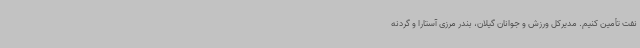
نفت تأمین کنیم. مدیرکل ورزش و جوانان گیلان، بندر مرزی آستارا و گردنه